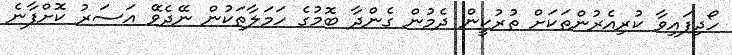
ހޯދިފައިވާ ކުރިއެރުންތަކަށް ތުރުކީން ދެމުން ގެންދާ ބޮމުގެ ހަމަލާތަކުން ނޭދެވޭ އަސަރު ކޮށްފާނެ